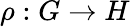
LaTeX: \rho:G\rightarrow H